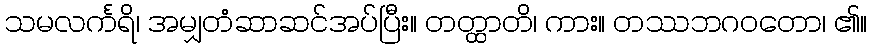
သမလင်္ကရိ၊ အမျှတံဆာဆင်အပ်ပြီး။ တတ္ထာတိ၊ ကား။ တဿဘဂဝတော၊ ၏။